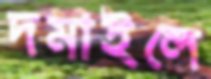
দমাইলে